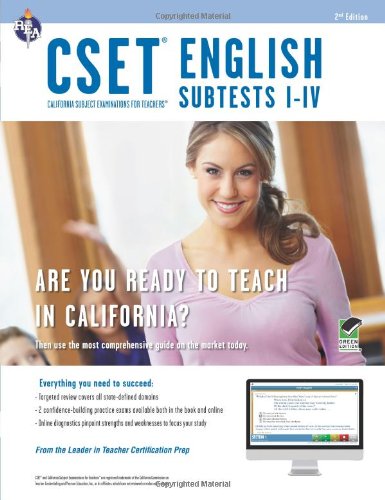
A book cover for CSET English Subtests I-IV Book + Online (CSET Teacher Certification Test Prep); John Allen; Test Preparation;